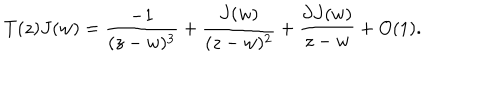
T ( z ) J ( w ) = \frac { - 1 } { ( z - w ) ^ { 3 } } + \frac { J ( w ) } { ( z - w ) ^ { 2 } } + \frac { \partial J ( w ) } { z - w } + O ( 1 ) .